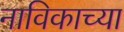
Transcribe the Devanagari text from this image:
नाविकाच्या